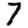
Digit: 7